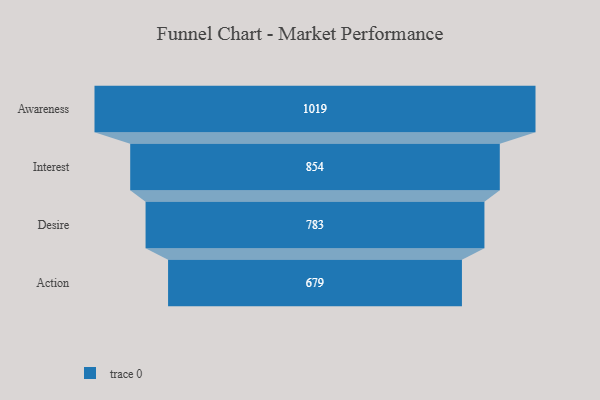
{"axis": {"x": "Stage", "y": "Value"}, "legend": [""], "data": [{"x": "Awareness", "y": 1019.0, "type": ""}, {"x": "Interest", "y": 854.0, "type": ""}, {"x": "Desire", "y": 783.0, "type": ""}, {"x": "Action", "y": 679.0, "type": ""}]}